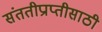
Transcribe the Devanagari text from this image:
संततीप्राप्तीसाठी